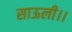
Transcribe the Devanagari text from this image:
साऊली।।